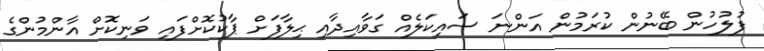
ފުލުހުން ބޭނުން ކުރަމުން އަންނަ ސައިކަލެއް ގަވާއިދާއި ޙިލާފަށް ޕާކުކޮށްފައި ވަނިކޮށް އާންމުންގެ